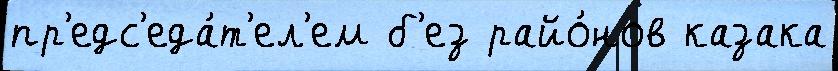
пр'едс'еда́т'ел'ем б'ез райо́нов казака